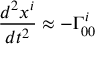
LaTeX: { \frac { d ^ { 2 } x ^ { i } } { d t ^ { 2 } } } \approx - \Gamma _ { 0 0 } ^ { i }